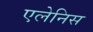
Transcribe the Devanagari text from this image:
एलेनिस